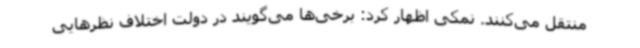
منتقل می‌کنند. نمکی اظهار کرد: برخی‌ها می‌گویند در دولت اختلاف نظرهایی